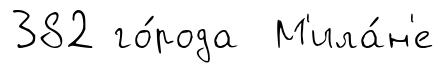
382 го́рода М'ила́н'е